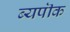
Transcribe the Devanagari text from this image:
ब्यपॊक